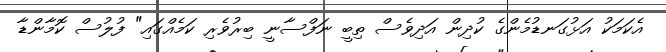
އެކަމަކު އަޅުގަނޑުމެންގެ ކުދިން އަދިވެސް ތިބީ ނަފްސާނީ ބިރުވެރި ކަމެއްގައި" ފުލުސް ކޮމާންޑާ